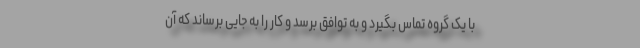
با یک گروه تماس بگیرد و به توافق برسد و کار را به جایی برساند که آن